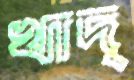
খাদ্